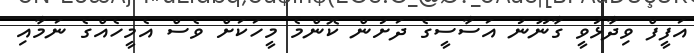
އަފީފް ވިދާޅުވީ ގާނޫނު އަސާސީގެ ދަށުން ކޮންމެ މީހަކަށް ވެސް އެމީހެއްގެ ނަމާއި